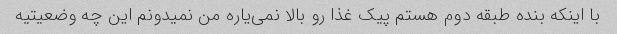
با اینکه بنده طبقه دوم هستم پیک غذا رو بالا نمی‌یاره من نمیدونم این چه وضعیتیه